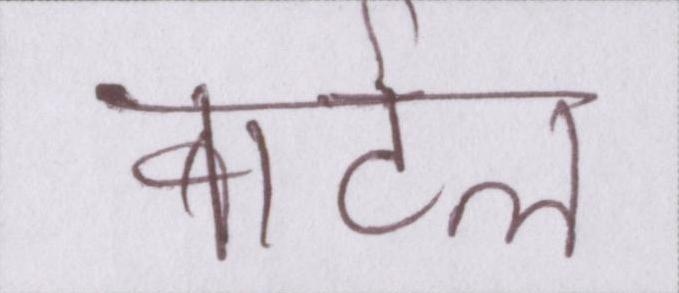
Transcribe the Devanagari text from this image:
बार्टल